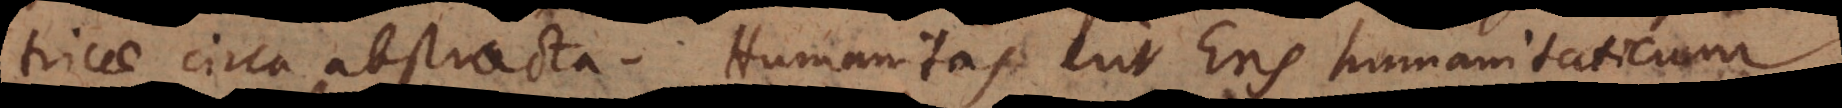
tricae circa abstracta. Humanitas erit Ens humanitaticum,